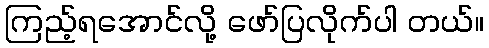
ကြည့်ရအောင်လို့ ဖော်ပြလိုက်ပါ တယ်။